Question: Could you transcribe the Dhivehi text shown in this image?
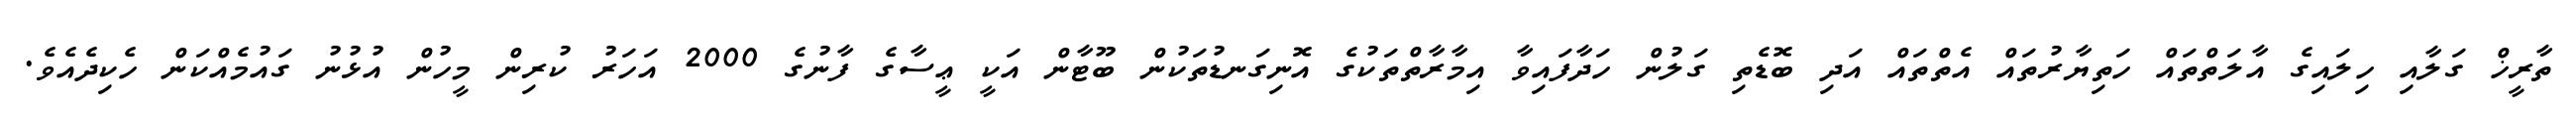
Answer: ތާރީޚް ގަލާއި ހިލައިގެ އާލަތްތައް ހަތިޔާރުތައް އެތްތައް އަދި ބޮޑެތި ގަލުން ހަދާފައިވާ އިމާރާތްތަކުގެ އޮނިގަނޑުތަކުން ބޫޓާން އަކީ ޢީސާގެ ފާނުގެ 2000 އަހަރު ކުރިން މީހުން އުޅުނު ގައުމެއްކަން ހެކިދެއެވެ.